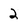
Character: 2